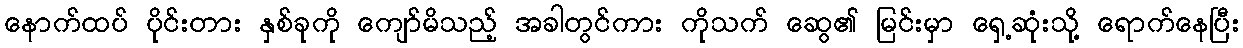
နောက်ထပ် ပိုင်းတား နှစ်ခုကို ကျော်မိသည့် အခါတွင်ကား ကိုသက် ဆွေ၏ မြင်းမှာ ရှေ့ဆုံးသို့ ရောက်နေပြီး